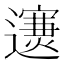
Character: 𨘄